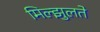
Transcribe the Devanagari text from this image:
मिल्झुलते